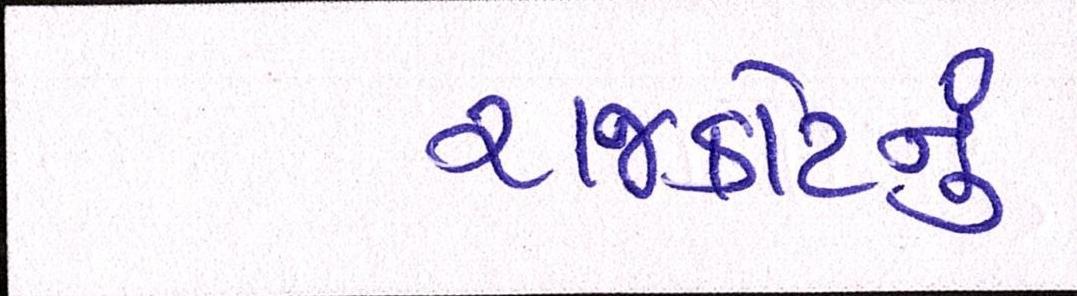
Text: રાજકોટનું